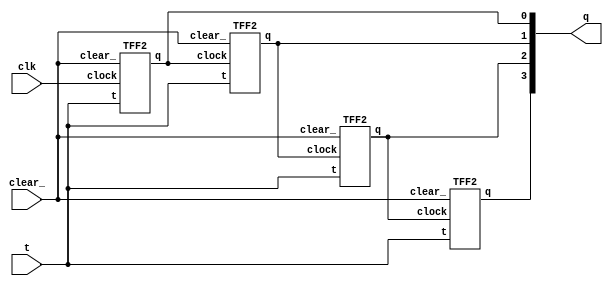
module ripplecounter(output[3:0] q, input clk, input clear_, t);
	
	TFF2 t1 (q[0], clk, clear_, t);
	TFF2 t2 (q[1], q[0], clear_, t);
	TFF2 t3 (q[2], q[1], clear_, t);
	TFF2 t4 (q[3], q[2], clear_, t);

endmodule

// tff built using dff and not gate
module TFF(q, clk, clear_);
	
	wire d;
	output q;
	input clk, clear_;

	DFF d1 (d, clear_, clk, q);

	not n1(d, q);

endmodule

// tff standalone
module TFF2(q, clock, clear_, t);
	input t, clear_, clock;
	output q;
	reg q;
	
	always @(negedge clock or negedge clear_) begin
		if (!clear_)
			q <= 1'b0;

		else begin
			if (!t) q <= q;
			else q <= !q;
			
		end
	end

endmodule

// dff with async clear_and negative edge clock
module DFF(d, clear_, clock , q);
	input d, clear_, clock;
	output q;
	reg q;
	
	always @ (negedge clear_ or negedge clock)
	begin
		if (!clear_)
			q <= 1'b0;
		else
			q <= d;
	end
endmodule


// test module
module testbench;
	
	reg clk, clear_, t=1;
	wire [3:0] q;

	ripplecounter r1(q, clk, clear_, t);

	initial
		clk = 1'b0;

	always
		#5 clk = ~clk;

	initial
	begin
			$dumpfile("testbench.vcd");
			$dumpvars(0,testbench);
		clear_ = 1'b0;
		# 15 clear_ = 1'b1;
		# 180 clear_ = 1'b0;
		# 10 clear_ = 1'b1;
		# 20 $finish;
	end

	initial
		$monitor ($time, " output q = %d, t=%b", q, t);

endmodule